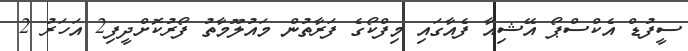
ސީފުޑް އެކްސްޕޯ އޭޝިއާ ފެއާގައި މިފްކޯގެ ފަރާތުން މައުލޫމާތު ފޯރުކޮށްދީފި2 އަހަރު 2